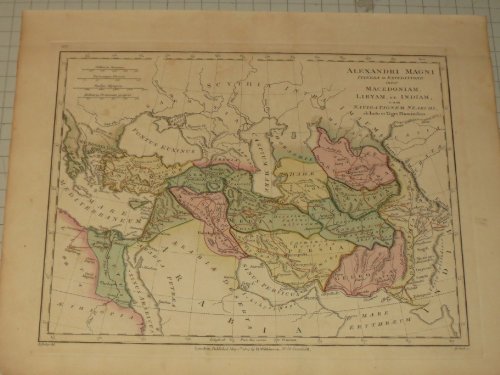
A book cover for Antique Map (1807) Alexandri Magni Itinera in Expeditione Inter Macedoniam, Libyam, Et Indiam Cum Navigationem Nearchi, Ab Indo Et Tigri Fluminibus - Printer Robert Wilkinson; Travel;